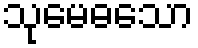
သုမေဓသော